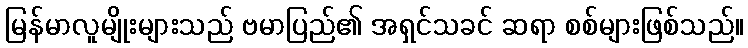
မြန်မာလူမျိုးများသည် ဗမာပြည်၏ အရှင်သခင် ဆရာ စစ်များဖြစ်သည်။